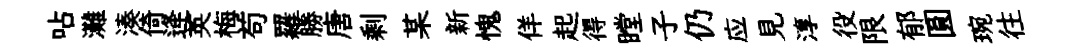
呫灘湊倚逄英梅苟羅勝唐剩某新愧佯起得瞠子仍应見淳役限郁圓琬往